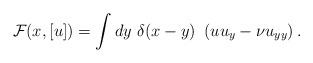
LaTeX: \begin{align*}{\cal F}(x,[u])=\int dy~\delta(x-y)~\left(u u_y - \nu u_{yy}\right).\end{align*}